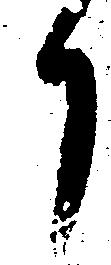
り